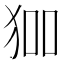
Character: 𭸅